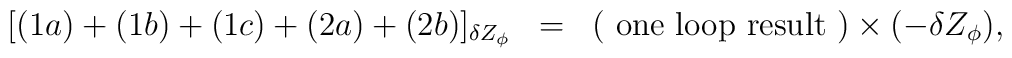
\begin{array}{rcl}[(1a)+(1b)+(1c)+(2a)+(2b)]_{\delta Z_{\phi}}&=&\displaystyle ({\rm ~one~loop~result~})\times(-\delta Z_{\phi}),\end{array}